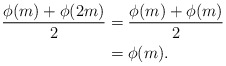
\begin{align*}\frac{\phi(m)+\phi(2m)}{2} &= \frac{\phi(m)+\phi(m)}{2}\\&=\phi(m).\end{align*}